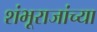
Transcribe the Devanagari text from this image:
शंभूराजांच्या